Insane asylums in Bengal annual reports 1867-1875 - 1867-1875
Year: 1867
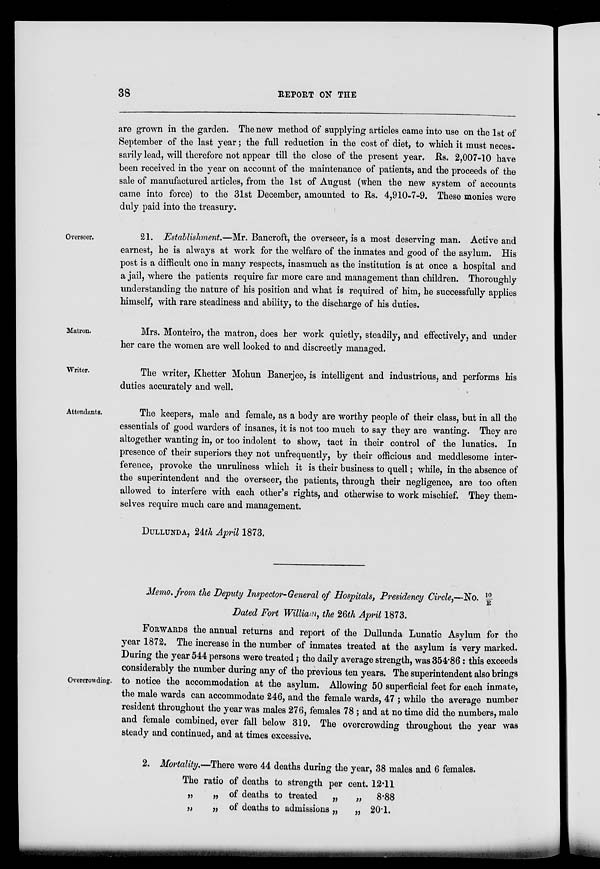
38
REPORT
ON THE
are grown in the garden. The new method of supplying articles came into use on the 1st of
September of the last year; the full reduction in the cost of diet, to which it must neces-
sarily lead, will therefore not appear till the close of the present year. Rs. 2,007-10 have
been received in the year on account of the maintenance of patients, and the proceeds of the
sale of manufactured articles, from the 1st of August (when the new system of accounts
came into force) to the 31st December, amounted to Rs. 4,910-7-9. These monies were
duly paid into the treasury.
Overseer.
21. Establishment.—Mr. Bancroft, the overseer, is a most deserving man. Active and
earnest, he is always at work for the welfare of the inmates and good of the asylum. His
post is a difficult one in many respects, inasmuch as the institution is at once a hospital and
a jail, where the patients require far more care and management than children. Thoroughly
understanding the nature of his position and what is required of him, he successfully applies
himself, with rare steadiness and ability, to the discharge of his duties.
Matron.
Mrs. Monteiro, the matron, does her work quietly, steadily, and effectively, and under
her care the women are well looked to and discreetly managed.
Writer.
The writer, Khetter Mohun Banerjee, is intelligent and industrious, and performs his
duties accurately and well.
Attendants.
The keepers, male and female, as a body are worthy people of their class, but in all the
essentials of good warders of insanes, it is not too much to say they are wanting. They are
altogether wanting in, or too indolent to show, tact in their control of the lunatics. In
presence of their superiors they not unfrequently, by their officious and meddlesome inter-
ference, provoke the unruliness which it is their business to quell; while, in the absence of
the superintendent and the overseer, the patients, through their negligence, are too often
allowed to interfere with each other's rights, and otherwise to work mischief. They them-
selves require much care and management.
DULLUNDA, 24th April 1873.
Memo. from the Deputy Inspector-General of Hospitals, Presidency Circle,—No. 10/E
Dated Fort William, the 26th April 1873.
Overcrowding.
FORWARDS the annual returns and report of the Dullunda Lunatic Asylum for the
year 1872. The increase in the number of inmates treated at the asylum is very marked.
During the year 544 persons were treated; the daily average strength, was 354.86 : this exceeds
considerably the number during any of the previous ten years. The superintendent also brings
to notice the accommodation at the asylum. Allowing 50 superficial feet for each inmate,
the male wards can accommodate 246, and the female wards, 47 ; while the average number
resident throughout the year was males 276, females 78 ; and at no time did the numbers, male
and female combined, ever fall below 319. The overcrowding throughout the year was
steady and continued, and at times excessive.
2. Mortality.—There were 44 deaths during the year, 38 males and 6 females.
The ratio
„ „
„ „
of deaths to strength per cent.
of deaths to treated „
„
of deaths to admissions „
„
12.11
8.88
20.1.